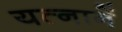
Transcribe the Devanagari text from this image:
यत्नानें